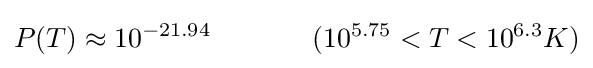
P(T)\approx 10^{-21.94}~~~~~~~~~~~(10^{5.75}<T<10^{6.3}K)